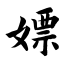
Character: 嫖